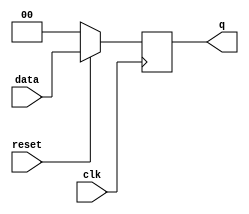
module dff2(data,clk,reset,q);
input [1:0]data;
input clk,reset;
output [1:0]q;
reg [1:0]q;
//initial q=0,reset=1;
always @ (posedge clk)
if (~reset) 
	begin
		q=0;
	end
else 
	begin
		q=data;
	end
endmodule